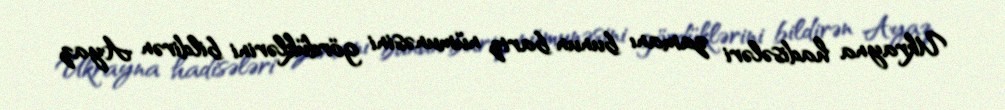
Ukrayna hadisələri zamanı bunun bariz nümunəsini gördüklərini bildirən Ayaz